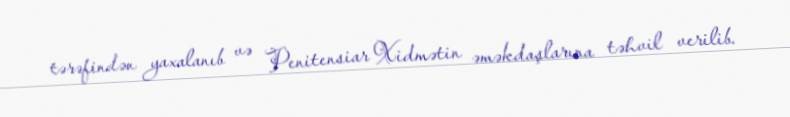
tərəfindən yaxalanıb və Penitensiar Xidmətin əməkdaşlarına təhvil verilib.